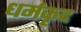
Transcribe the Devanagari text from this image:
धर्मकृद